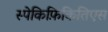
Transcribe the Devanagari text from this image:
स्पेकिफ़िकितिएस